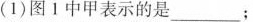
( 1 ) 图 1 中甲表示的是 ___ ；